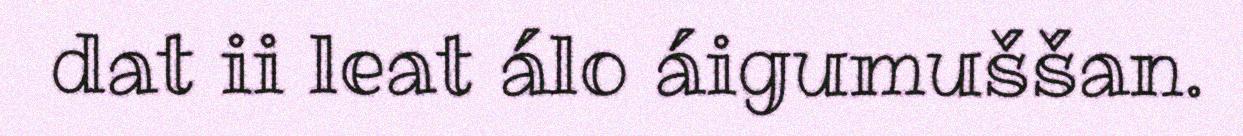
dat ii leat álo áigumuššan.